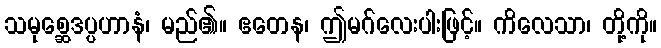
သမုစ္ဆေဒပ္ပဟာနံ၊ မည်၏။ ဧတေန၊ ဤမဂ်လေးပါးဖြင့်။ ကိလေသာ၊ တို့ကို။